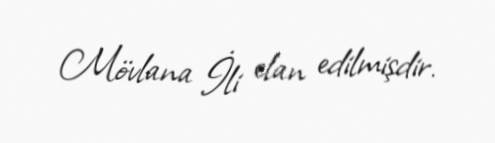
Mövlana İli elan edilmişdir.